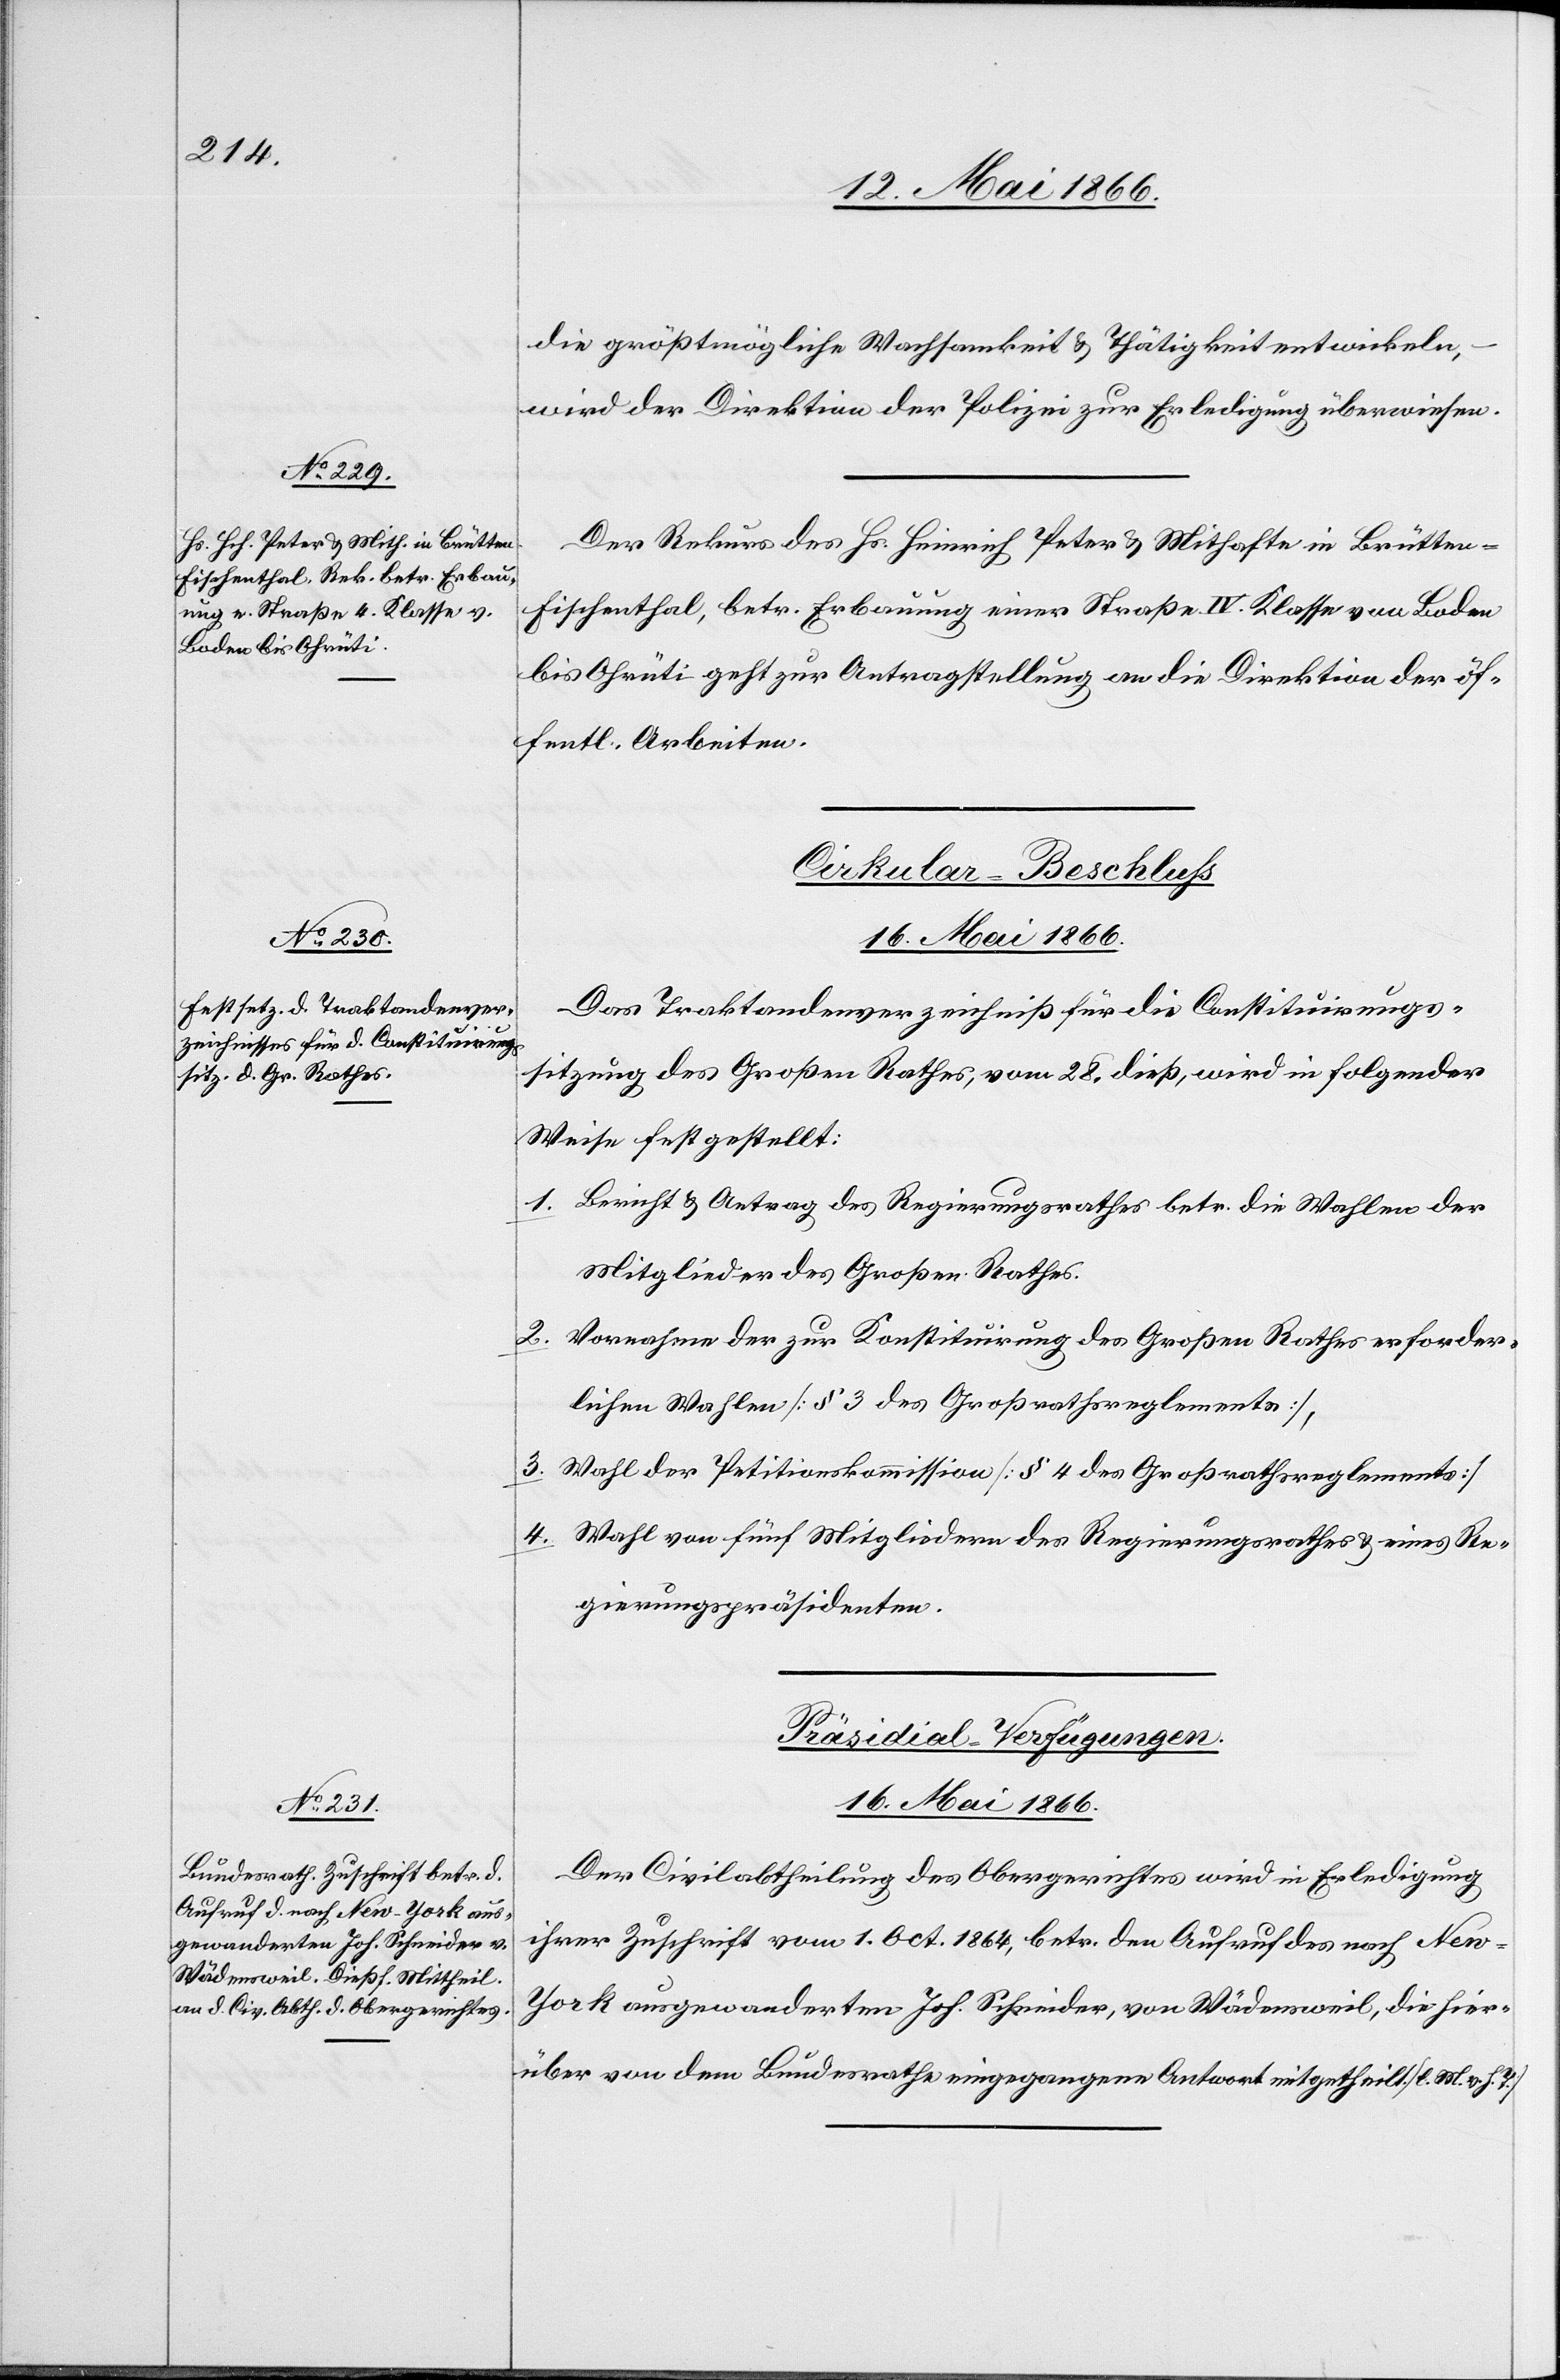
die größtmögliche Wachsamkeit u. Thätigkeit entwickeln,
wird der Direktion der Polizei zur Erledigung überwiesen.
Der Rekurs des Hs. Heinrich Peter u. Mithafte in Brütten-F¬
ischenthal, betr. Erbauung einer Straße IV. Klasse von Boden
bis Ohrüti geht zu Antragstellung an die Direktion der öf¬
fentl. Arbeiten.
Cirkular-Beschluß
16. Mai 1866.
Das Traktandenverzeichniß für die Constituirungs¬
sitzung des Großen Rathes, vom 28. dieß, wird in folgender
Weise festgestellt:
1. Bericht u. Antrag des Regierungsrathes betr. die Wahlen der
Mitglieder des Großen Rathes.
2. Vornahme der zur Konstituirung des Großen Rathes erforder¬
lichen Wahlen [§ 3 des Großrathsreglements],
3. Wahlen der Petitionskommission [§ 4 des Großrathsreglements]
4. Wahl von fünf Mitgliedern des Regierungsrathes u. eines Re¬
gierungspräsidenten.
Präsidial-Verfügungen.
16. Mai 1866.
Der Civilabtheilung des Obergerichtes wird in Erledigung
ihrer Zuschrift vom 1. Oct. 1864, betr. den Aufruf des nach New-Y¬
ork ausgewanderten Joh. Schneider, von Wädensweil, die hier¬
über von dem Bundesrathe eingegangene Antwort mitgetheilt. [l. M. v. h.